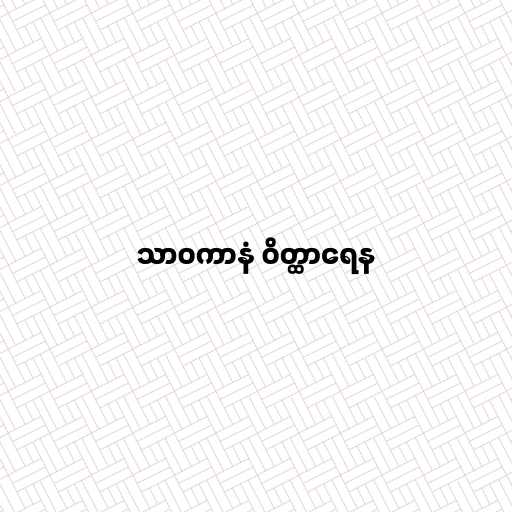
သာဝကာနံ ဝိတ္ထာရေန